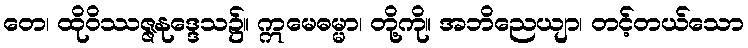
တေ၊ ထိုဝိဿဇ္ဇနုဒ္ဒေသ၌။ ဣမေဓမ္မာ၊ တို့ကို။ အဘိညေယျာ၊ တင့်တယ်သော